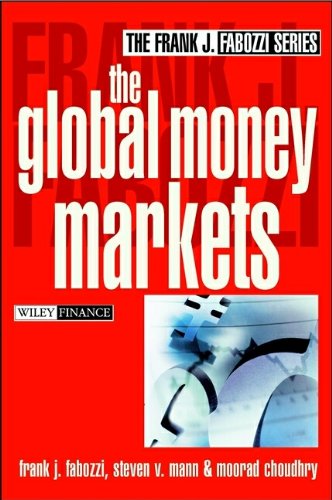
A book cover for The Global Money Markets; Frank J. Fabozzi; Business & Money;